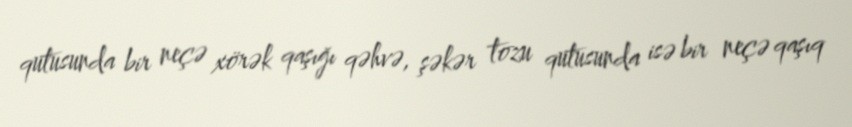
qutusunda bir neçə xörək qaşığı qəhvə, şəkər tozu qutusunda isə bir neçə qaşıq